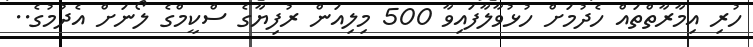
ހުރި އިމާރާތްތައް ހެދުމަށް ހުޅުވާލާފައިވާ 500 މިލިއަން ރުފިޔާގެ ސްކީމްގެ ލޯނަށް އެދުމުގެ..